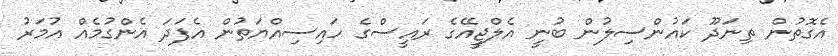
އެގޮތުން ތިނަދޫ ކައުންސިލުން ބުނީ އެލްޖީއޭގެ ރައީސްގެ ހައިސިއްޔަތުން އެފަދަ އެންގުމެއް އުމަރު